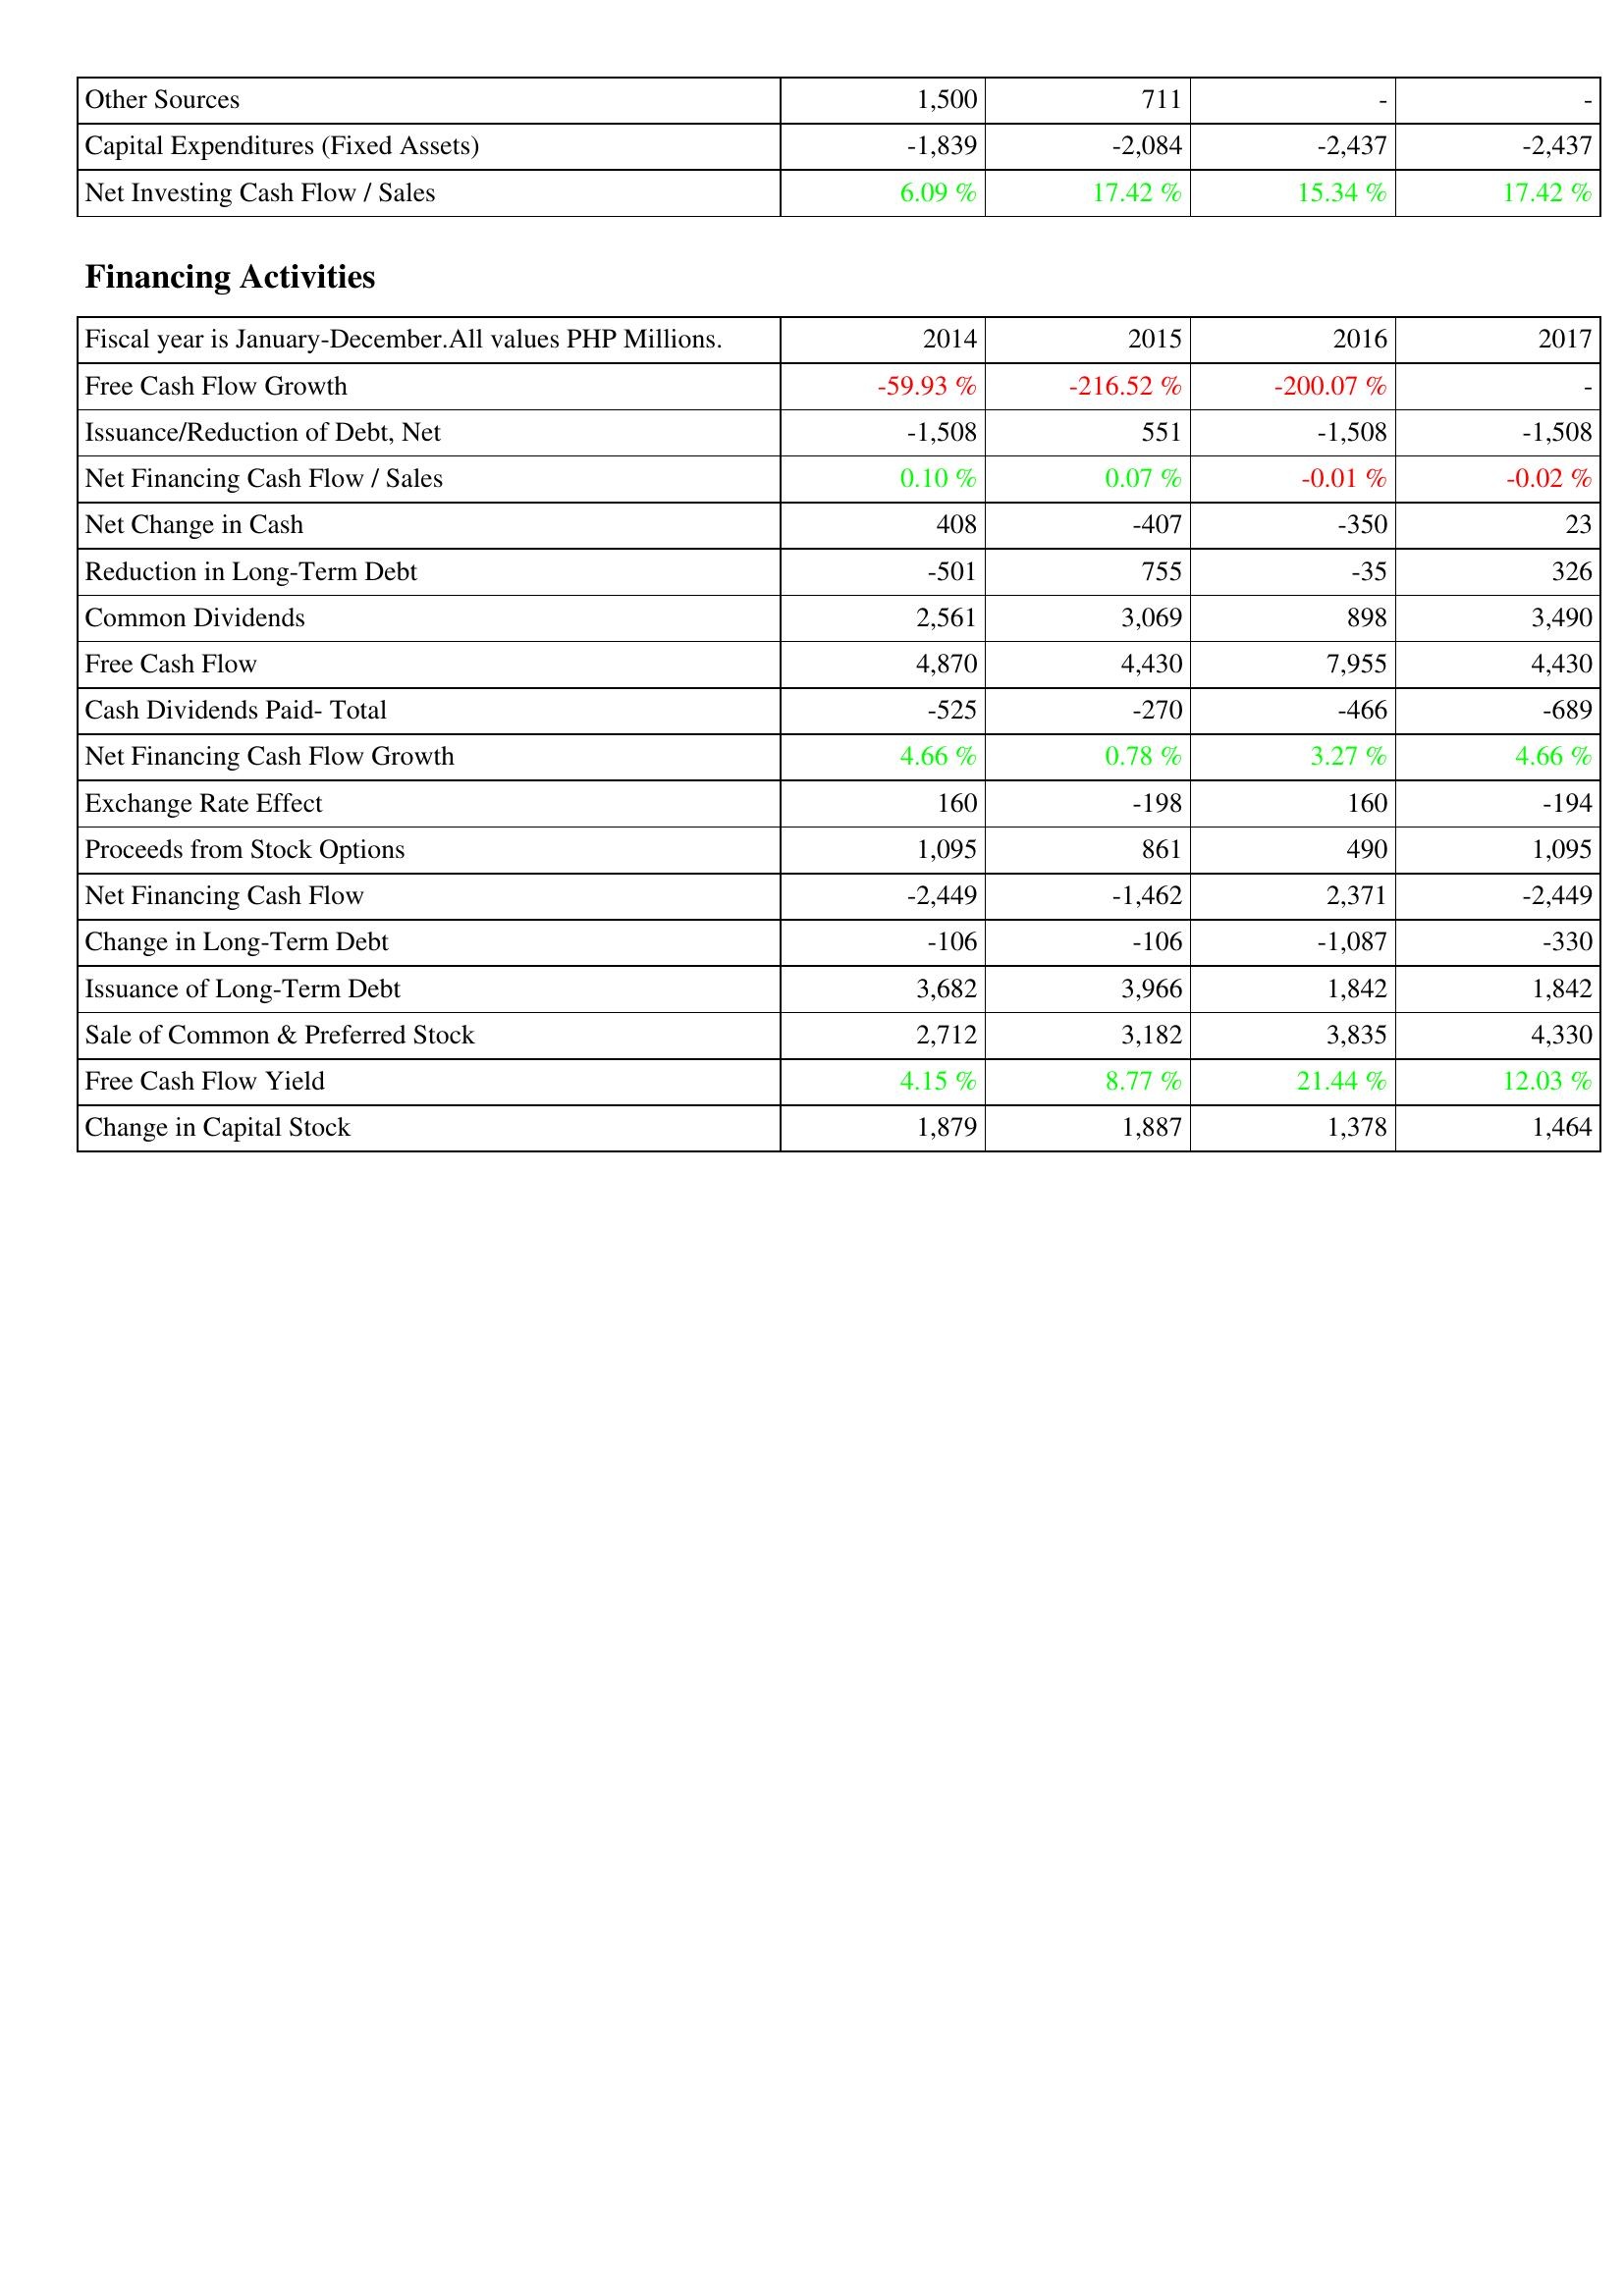
2014: Investing Activities: Other Sources: 1,500
Capital Expenditures (Fixed Assets): -1,839
Net Investing Cash Flow / Sales: 6.09 %
Financing Activities: Free Cash Flow Growth: -59.93 %
Issuance/Reduction of Debt, Net: -1,508
Net Financing Cash Flow / Sales: 0.10 %
Net Change in Cash: 408
Reduction in Long-Term Debt: -501
Common Dividends: 2,561
Free Cash Flow: 4,870
Cash Dividends Paid- Total: -525
Net Financing Cash Flow Growth: 4.66 %
Exchange Rate Effect: 160
Proceeds from Stock Options: 1,095
Net Financing Cash Flow: -2,449
Change in Long-Term Debt: -106
Issuance of Long-Term Debt: 3,682
Sale of Common & Preferred Stock: 2,712
Free Cash Flow Yield: 4.15 %
Change in Capital Stock: 1,879
2015: Investing Activities: Other Sources: 711
Capital Expenditures (Fixed Assets): -2,084
Net Investing Cash Flow / Sales: 17.42 %
Financing Activities: Free Cash Flow Growth: -216.52 %
Issuance/Reduction of Debt, Net: 551
Net Financing Cash Flow / Sales: 0.07 %
Net Change in Cash: -407
Reduction in Long-Term Debt: 755
Common Dividends: 3,069
Free Cash Flow: 4,430
Cash Dividends Paid- Total: -270
Net Financing Cash Flow Growth: 0.78 %
Exchange Rate Effect: -198
Proceeds from Stock Options: 861
Net Financing Cash Flow: -1,462
Change in Long-Term Debt: -106
Issuance of Long-Term Debt: 3,966
Sale of Common & Preferred Stock: 3,182
Free Cash Flow Yield: 8.77 %
Change in Capital Stock: 1,887
2016: Investing Activities: Other Sources: -
Capital Expenditures (Fixed Assets): -2,437
Net Investing Cash Flow / Sales: 15.34 %
Financing Activities: Free Cash Flow Growth: -200.07 %
Issuance/Reduction of Debt, Net: -1,508
Net Financing Cash Flow / Sales: -0.01 %
Net Change in Cash: -350
Reduction in Long-Term Debt: -35
Common Dividends: 898
Free Cash Flow: 7,955
Cash Dividends Paid- Total: -466
Net Financing Cash Flow Growth: 3.27 %
Exchange Rate Effect: 160
Proceeds from Stock Options: 490
Net Financing Cash Flow: 2,371
Change in Long-Term Debt: -1,087
Issuance of Long-Term Debt: 1,842
Sale of Common & Preferred Stock: 3,835
Free Cash Flow Yield: 21.44 %
Change in Capital Stock: 1,378
2017: Investing Activities: Other Sources: -
Capital Expenditures (Fixed Assets): -2,437
Net Investing Cash Flow / Sales: 17.42 %
Financing Activities: Free Cash Flow Growth: -
Issuance/Reduction of Debt, Net: -1,508
Net Financing Cash Flow / Sales: -0.02 %
Net Change in Cash: 23
Reduction in Long-Term Debt: 326
Common Dividends: 3,490
Free Cash Flow: 4,430
Cash Dividends Paid- Total: -689
Net Financing Cash Flow Growth: 4.66 %
Exchange Rate Effect: -194
Proceeds from Stock Options: 1,095
Net Financing Cash Flow: -2,449
Change in Long-Term Debt: -330
Issuance of Long-Term Debt: 1,842
Sale of Common & Preferred Stock: 4,330
Free Cash Flow Yield: 12.03 %
Change in Capital Stock: 1,464